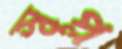
স্বপ্ল